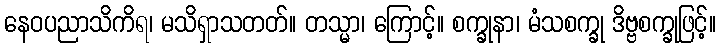
နေဝပညာသိကိရ၊ မသိရှာသတတ်။ တသ္မာ၊ ကြောင့်။ စက္ခုနာ၊ မံသစက္ခု ဒိဗ္ဗစက္ခုဖြင့်။